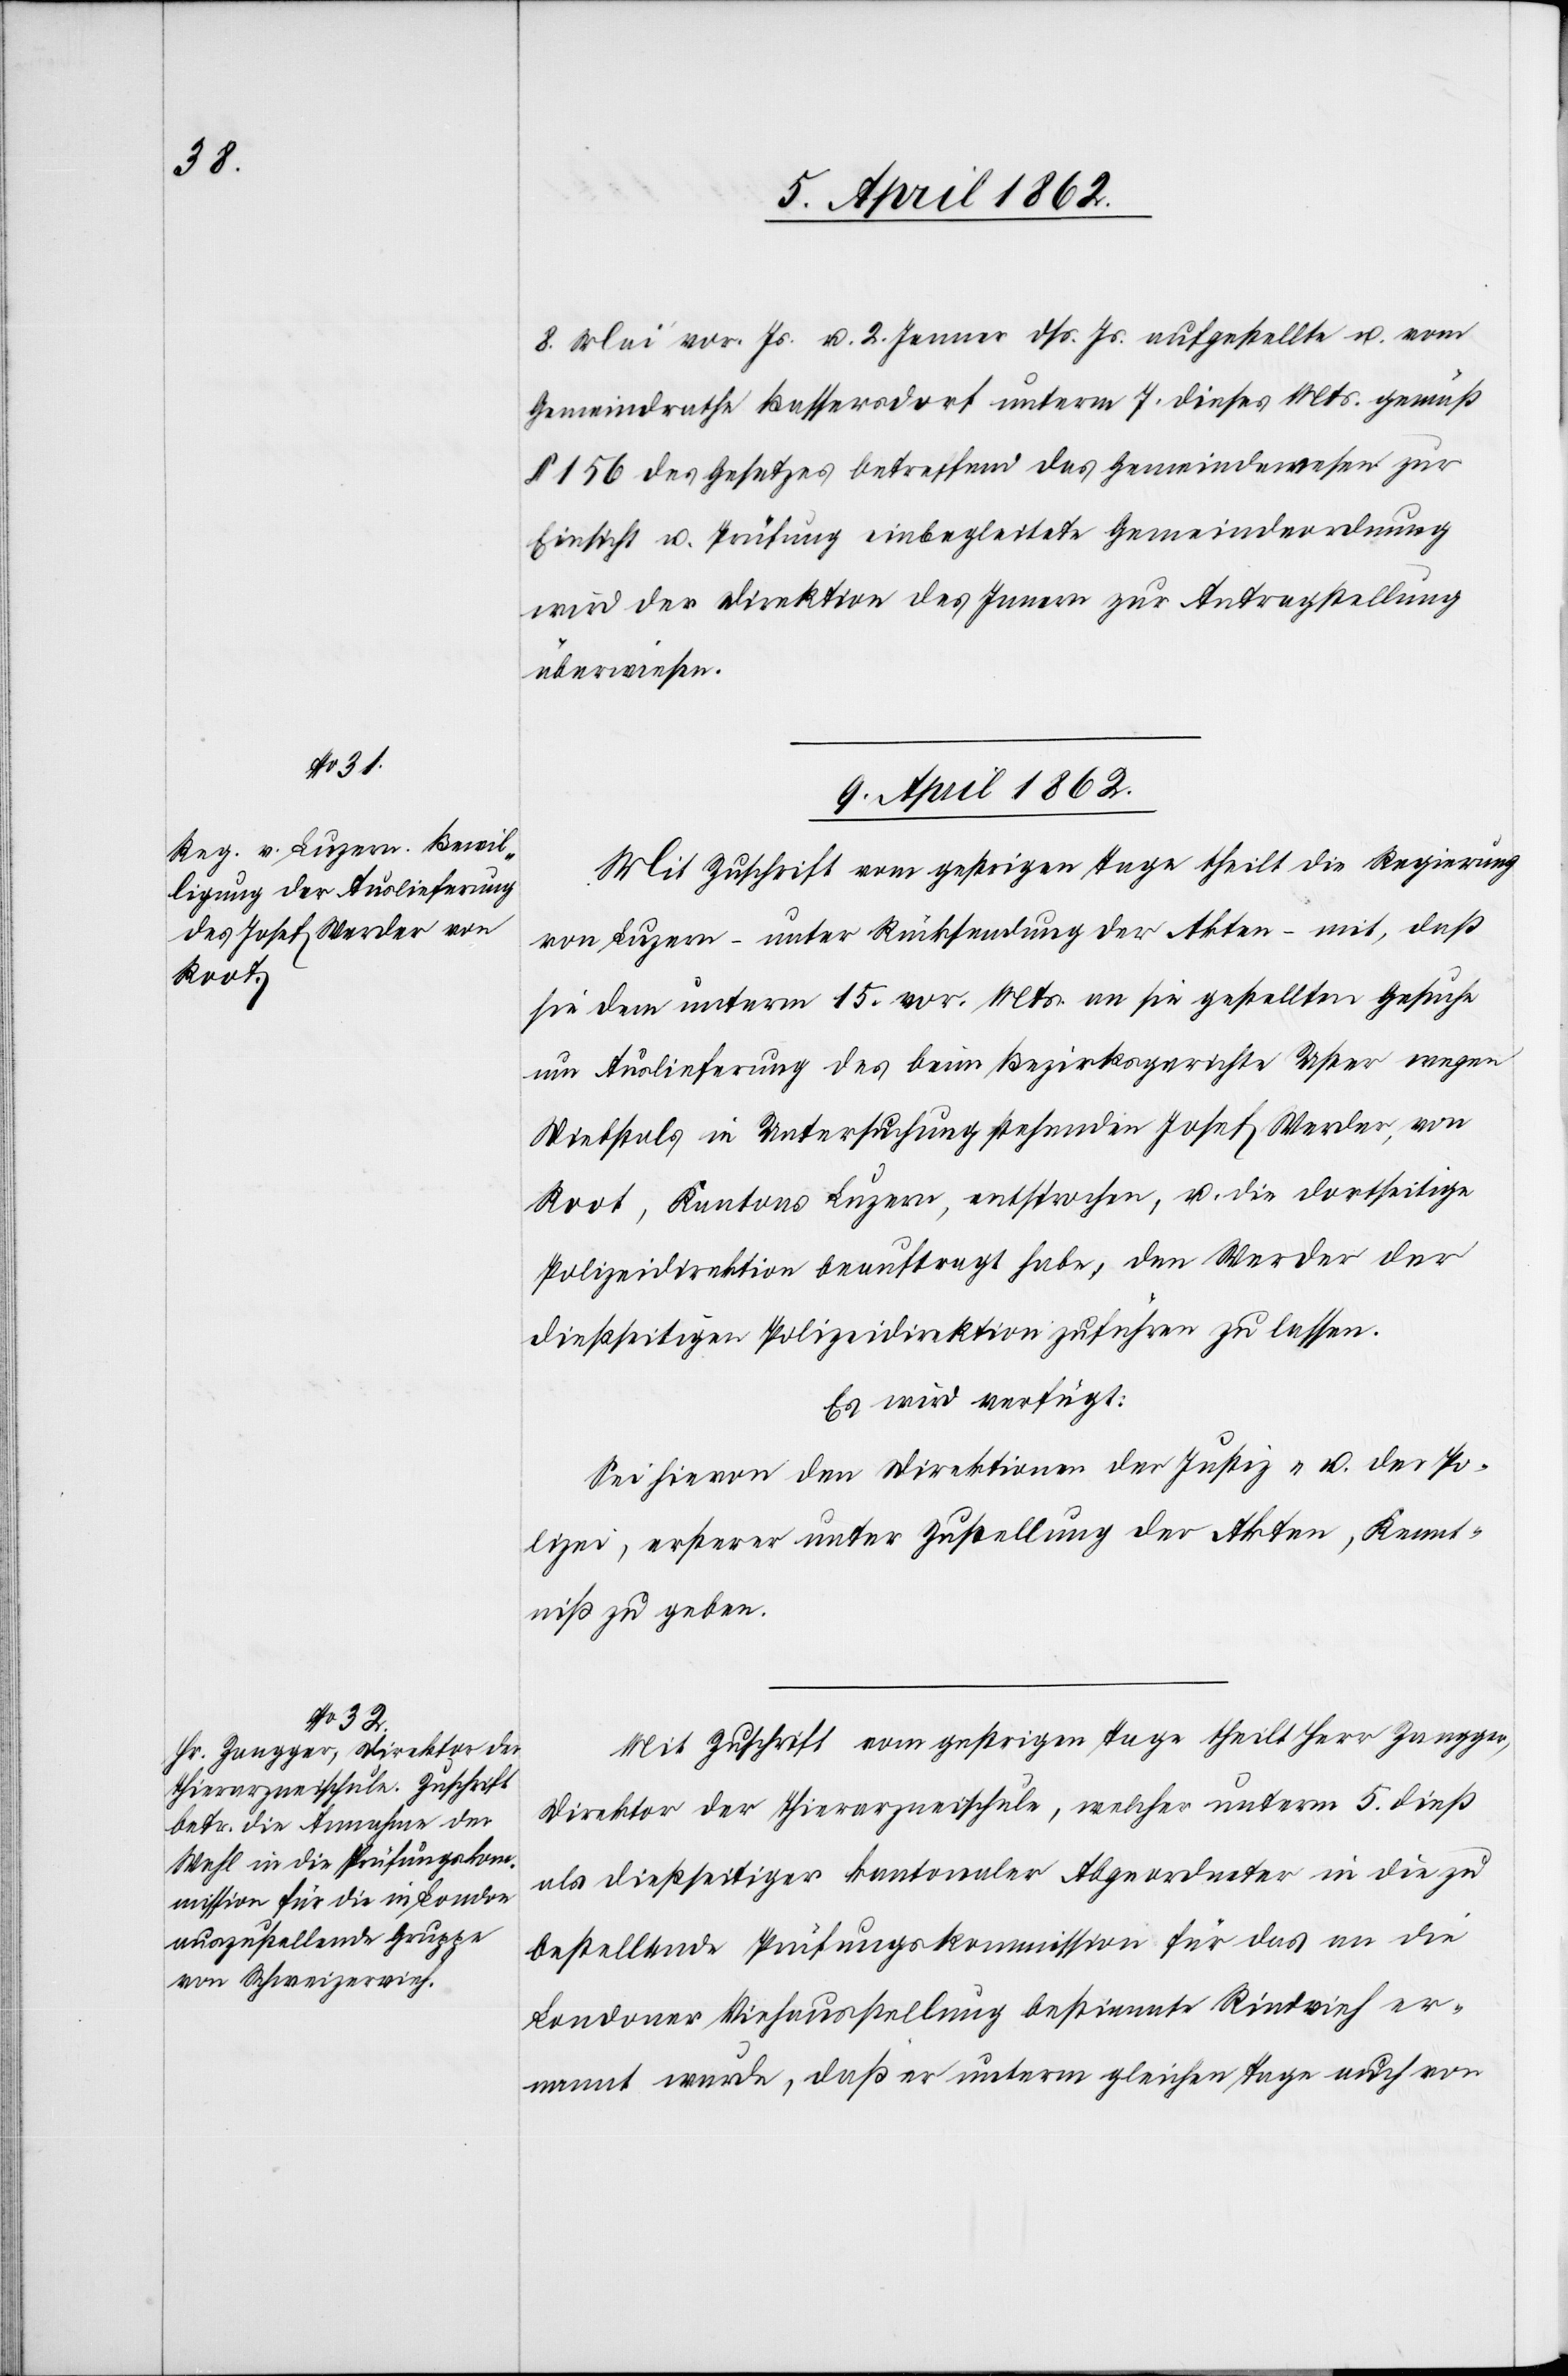
9. April 1862.]
8. Mai vor. Js. u. 2. Jenner dß. Js. aufgestellte u. vom
Gemeindrathe Bassersdorf unterm 7. dieses Mts. gemäß
§ 156 des Gesetzes betreffend das Gemeindewesen zur
Einsicht u. Prüfung einbegleitete Gemeindeordnung
wird der Direktion des Innern zur Antragstellung
überwiesen.
Mit Zuschrift vom gestrigen Tage theilt die Regierung
von Luzern – unter Rücksendung der Akten – mit, daß
sie dem unterm 15. vor. Mts. an sie gestellten Gesuche
um Auslieferung des beim Bezirksgerichte Uster wegen
Diebstals in Untersuchung stehenden Josef Werder, von
Root, Kantons Luzern, entsprochen, u. die dortseitige
Polizeidirektion beauftragt habe, den Werder der
dießseitigen Polizeidirektion zuführen zu lassen.
Es wird verfügt:
Sei hievon den Direktionen der Justiz u. der Po¬
lizei, ersterer unter Zustellung der Akten, Kennt¬
niß zu geben.
Mit Zuschrift vom gestrigen Tage theilt Herr Zangger,
Direktor der Thierarzneischule, welcher unterm 5. dieß
als dießseitiger kantonaler Abgeordneter in die zu
bestellende Prüfungskommission für das an die
Londoner Viehausstellung bestimmte Rindvieh er¬
nannt wurde, daß er unterm gleichen Tage auch von